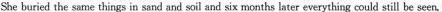
She buried the same things in sand and soil and six months later everything could still be seen.